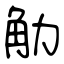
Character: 觔